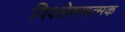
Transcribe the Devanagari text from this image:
विश्लेषणत्मक